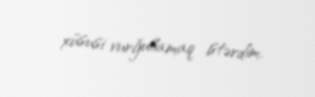
xüsusi vurğulamaq istərdim.